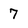
Character: 7